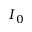
I _ { 0 }